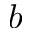
b